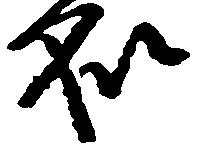
処